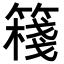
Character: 𥴈